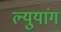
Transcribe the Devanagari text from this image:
ल्युयांग